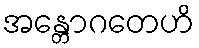
အန္တောဂတေဟိ